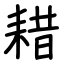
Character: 耤